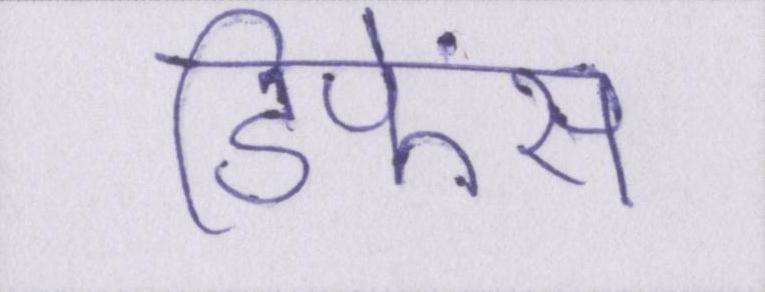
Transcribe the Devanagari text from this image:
डिफेंस